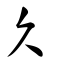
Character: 乆